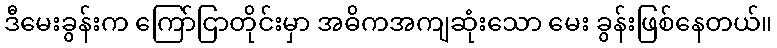
ဒီမေးခွန်းက ကြော်ငြာတိုင်းမှာ အဓိကအကျဆုံးသော မေး ခွန်းဖြစ်နေတယ်။